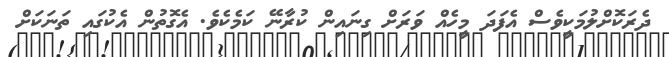
ދެރަކޮށްލުމަކީވެސް އެފަދަ މީހެއް ވަރަށް ގިނައިން ކުރާނޭ ކަމެކެވެ. އެގޮތުން އެކުގައި ތަނަކަށް